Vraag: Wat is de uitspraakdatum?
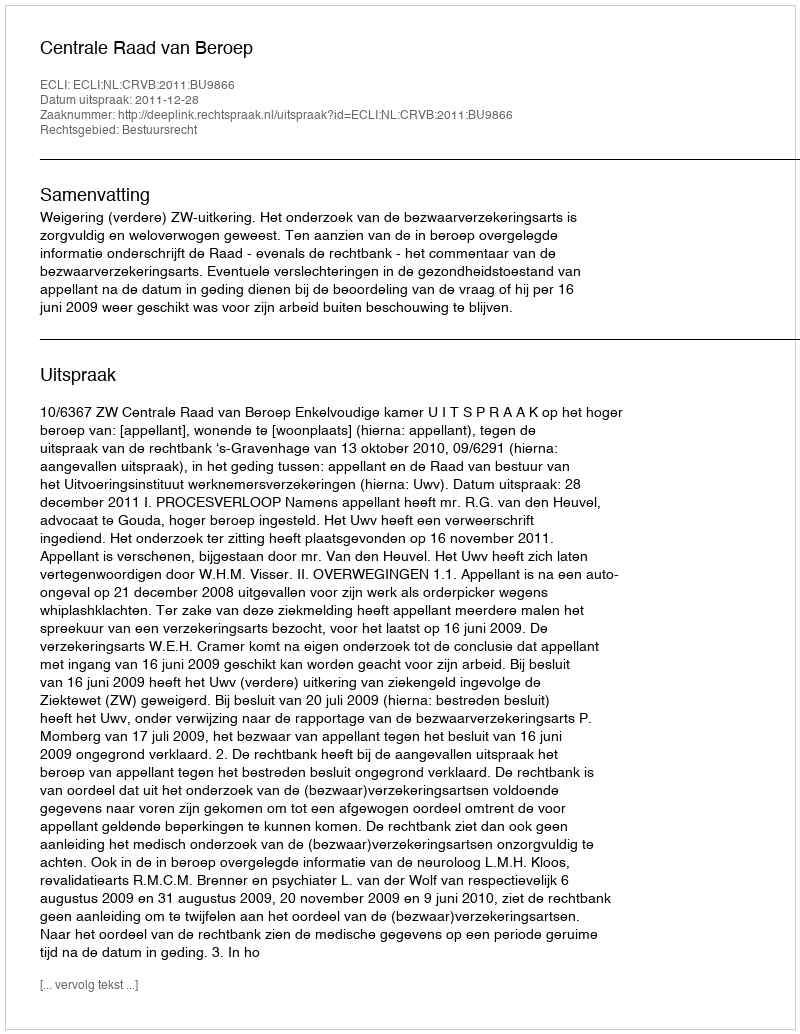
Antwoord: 2011-12-28